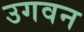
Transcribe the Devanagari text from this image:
उगवन